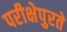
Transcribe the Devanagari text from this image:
परीक्षेपुरते